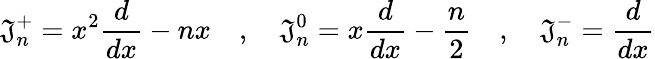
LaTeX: \mathfrak{J}_{n}^{+}=x^{2}{\frac{{d}}{{dx}}}-nx\quad,\quad\mathfrak{J}_{n}^{0}=x{\frac{{d}}{{dx}}}-{\frac{{n}}{{2}}}\quad,\quad\mathfrak{J}_{n}^{-}={\frac{{d}}{{dx}}}